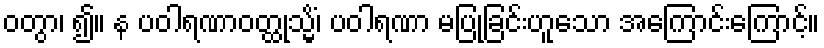
ဝတွာ၊ ၍။ န ပဝါရဏာဝတ္ထုသ္မိံ၊ ပဝါရဏာ မပြုခြင်းဟူသော အကြောင်းကြောင့်။